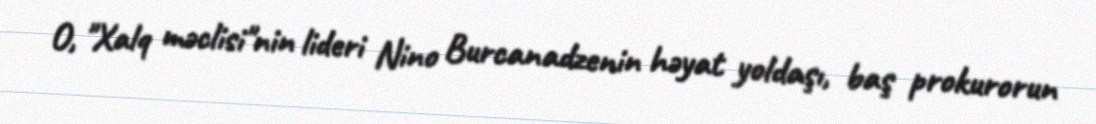
O, "Xalq məclisi"nin lideri Nino Burcanadzenin həyat yoldaşı, baş prokurorun